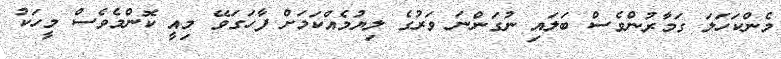
މެންކަހަލަ ގަމާރުންވެސް ބަލައި ނުގަންނަ ވަރުގެ ލިޔުމެއްކަމަށް ފާހަގަވޭ މިއީ ކޮންމެވެސް މީހަކު